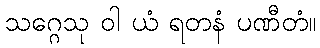
သဂ္ဂေသု ဝါ ယံ ရတနံ ပဏီတံ။